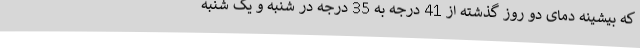
که بیشینه دمای دو روز گذشته از 41 درجه به 35 درجه در شنبه و یک شنبه